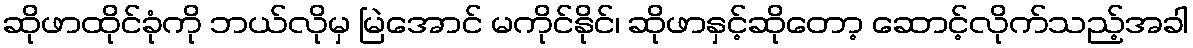
ဆိုဖာထိုင်ခုံကို ဘယ်လိုမှ မြဲအောင် မကိုင်နိုင်၊ ဆိုဖာနှင့်ဆိုတော့ ဆောင့်လိုက်သည့်အခါ